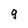
Character: q